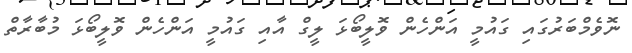
ނޮވެމްބަރުގައި ގައުމީ އަންހެން ވޮލީބޯޅަ ލީގް އާއި ގައުމީ އަންހެން ވޮލީބޯޅަ މުބާރާތް